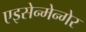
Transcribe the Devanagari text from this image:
एइसेन्मेन्गेर